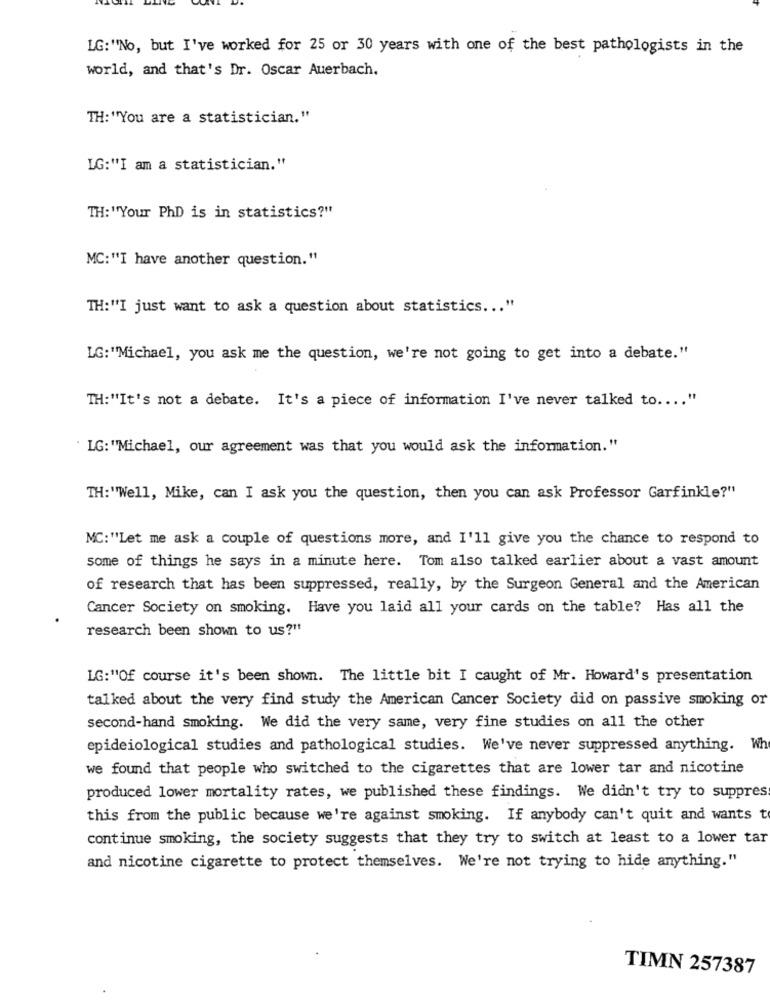
LG:"No, but I've worked for 25 or 30 years with one of the best pathologists in the
world, and that's Dr. Oscar Auerbach.
TH: "You are a statistician."
LG:"I am a statistician."
TH: "Your PhD is in statistics?"
MC:"'I have another question."
TH:"'I just want to ask a question about statistics ... "
LG:"Michael, you ask me the question, we're not going to get into a debate."
TH:"It's not a debate. It's a piece of information I've never talked to .... "
LG: "Michael, our agreement was that you would ask the information."
TH:""Well, Mike, can I ask you the question, then you can ask Professor Garfinkle?"
MC:"'Let me ask a couple of questions more, and I'll give you the chance to respond to
some of things he says in a minute here. Tom also talked earlier about a vast amount
of research that has been suppressed, really, by the Surgeon General and the American
Cancer Society on smoking. Have you laid all your cards on the table? Has all the
research been shown to us?"
LG:"Of course it's been shown. The little bit I caught of Mr. Howard's presentation
talked about the very find study the American Cancer Society did on passive smoking or
second-hand smoking. We did the very same, very fine studies on all the other
epideiological studies and pathological studies. We've never suppressed anything. Wh
we found that people who switched to the cigarettes that are lower tar and nicotine
produced lower mortality rates, we published these findings. We didn't try to suppres
this from the public because we're against smoking. If anybody can't quit and wants to
continue smoking, the society suggests that they try to switch at least to a lower tar
and nicotine cigarette to protect themselves. We're not trying to hide anything."
TIMN 257387